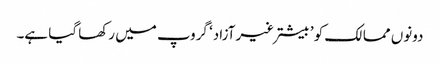
دونوں ممالک کو ’بیشترغیرآزاد‘ گروپ میں رکھا گیا ہے۔